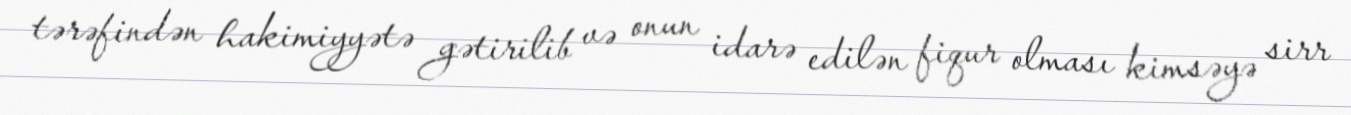
tərəfindən hakimiyyətə gətirilib və onun idarə edilən fiqur olması kimsəyə sirr